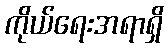
ကိုယ်ရေးအရာရှိ